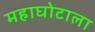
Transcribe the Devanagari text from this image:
महाघोटाला